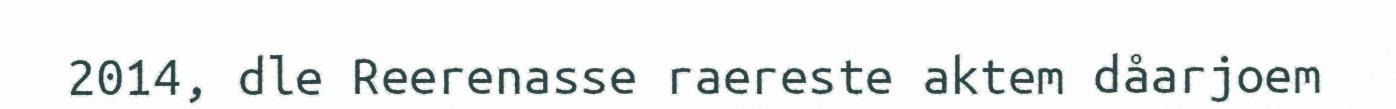
2014, dle Reerenasse raereste aktem dåarjoem